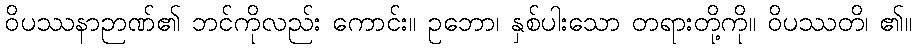
ဝိပဿနာဉာဏ်၏ ဘင်ကိုလည်း ကောင်း။ ဥဘော၊ နှစ်ပါးသော တရားတို့ကို။ ဝိပဿတိ၊ ၏။